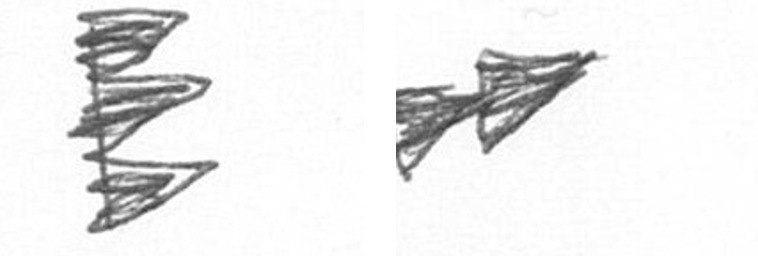
H A